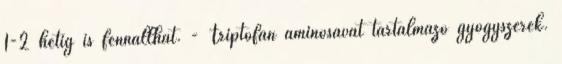
1-2 hétig is fennállhat. - Triptofán aminosavat tartalmazó gyógyszerek.